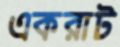
একরাট